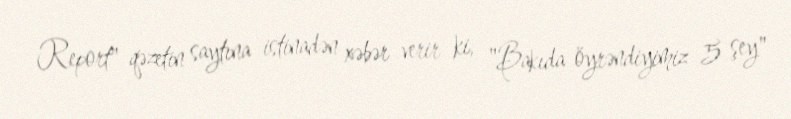
Report" qəzetin saytına istinadən xəbər verir ki, "Bakıda öyrəndiyimiz 5 şey"